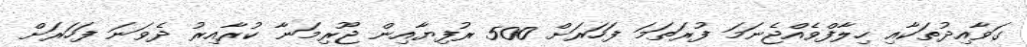
ގަވާއިދުތަކާއި ހިލާފްވެއްޖެނަމަ ފުރަތަމަ ފަހަރަށް 500 ރުފިޔާއިން ޖޫރިމަނާ ކުރާއިރު ދެވަނަ ފަހަރަށް